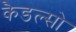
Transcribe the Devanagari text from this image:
कैडल्सो